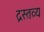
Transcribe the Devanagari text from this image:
द्रस्तव्य